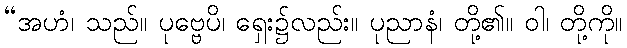
“အဟံ၊ သည်။ ပုဗ္ဗေပိ၊ ရှေး၌လည်း။ ပုညာနံ၊ တို့၏။ ဝါ၊ တို့ကို။